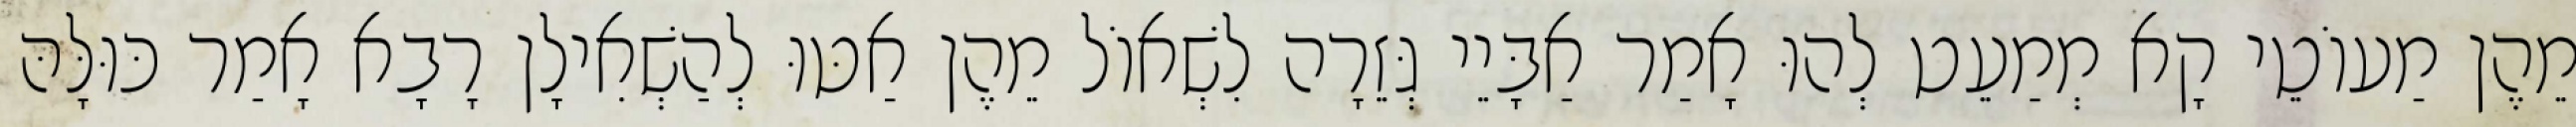
מֵהֶן מַעוֹטֵי קָא מְמַעֵט לְהוּ אָמַר אַבָּיֵי גְּזֵרָה לִשְׁאוֹל מֵהֶן אַטּוּ לְהַשְׁאִילָן רָבָא אָמַר כּוּלָּהּ